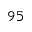
9 5